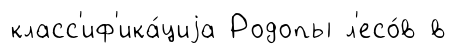
класс'иф'ика́циjа Родопы л'есо́в в